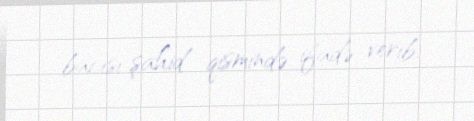
bacısı şahid qismində ifadə verib.